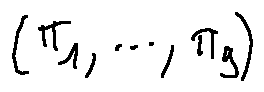
( \pi _ { 1 } , \ldots , \pi _ { g } )